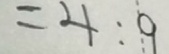
= 4 : 9